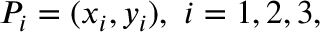
P _ { i } = ( x _ { i } , y _ { i } ) , \ i = 1 , 2 , 3 ,